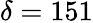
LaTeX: \delta=151